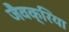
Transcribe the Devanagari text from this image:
जैवक्रिया